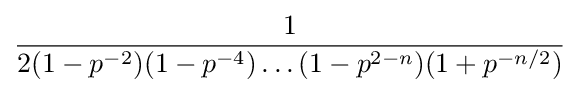
{1 \over 2(1-p^{-2})(1-p^{-4})\dots (1-p^{2-n})(1+p^{-n/2})}